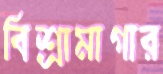
বিশ্রামাগার